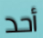
أحد